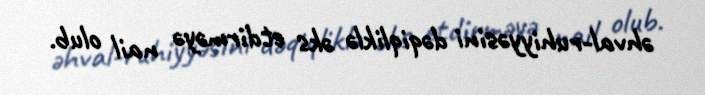
əhval-ruhiyyəsini dəqiqliklə əks etdirməyə nail olub.